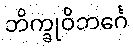
ဘိက္ခုဝိဘင်္ဂေ